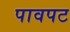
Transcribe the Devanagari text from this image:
पावपट